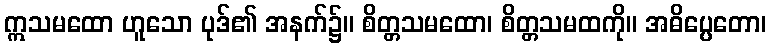
ဣသမထော ဟူသော ပုဒ်၏ အနက်၌။ စိတ္တသမထော၊ စိတ္တသမထကို။ အဓိပ္ပေတော၊